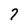
Character: 7